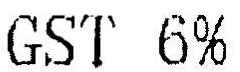
GST 6%